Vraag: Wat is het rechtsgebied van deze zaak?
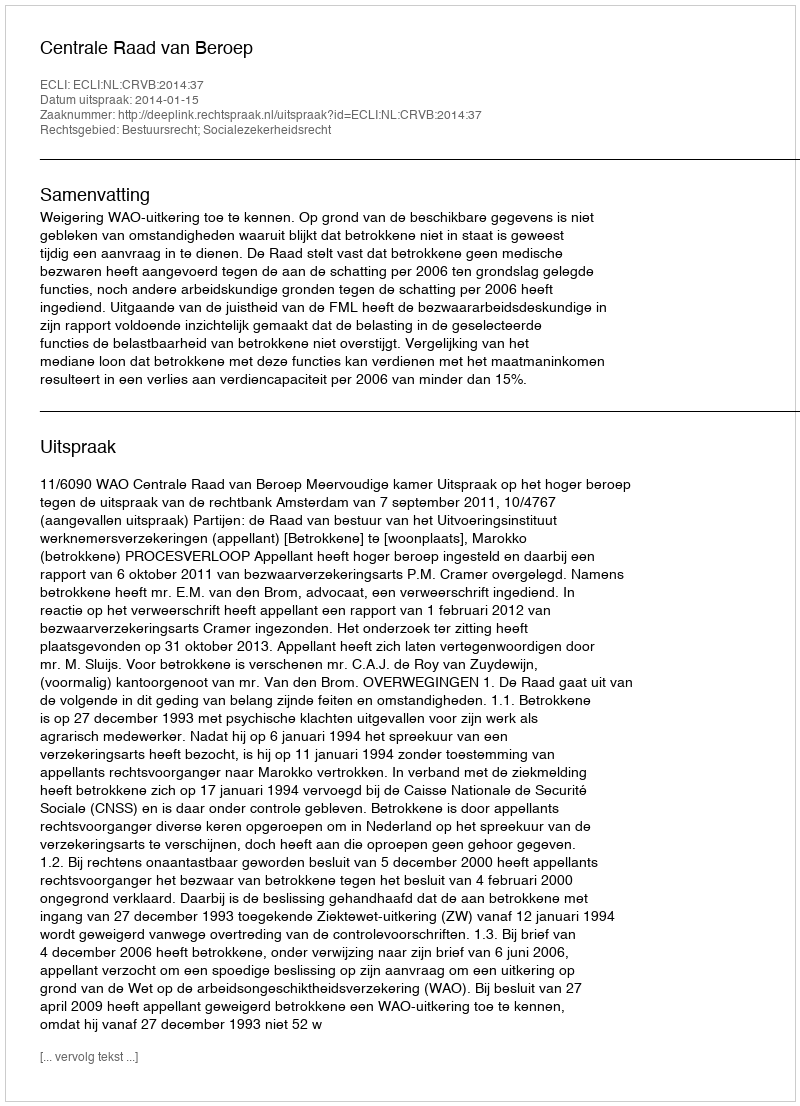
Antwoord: Bestuursrecht; Socialezekerheidsrecht